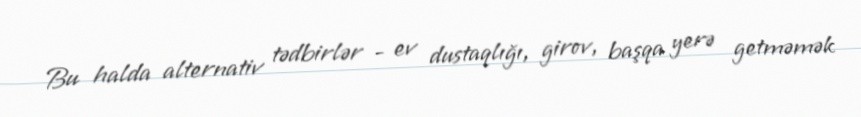
Bu halda alternativ tədbirlər - ev dustaqlığı, girov, başqa yerə getməmək